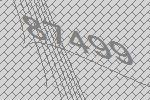
87499